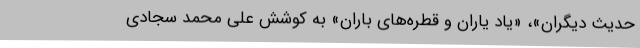
حدیث دیگران»، «یاد یاران و قطره‌های باران» به کوشش علی محمّد سجّادی